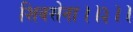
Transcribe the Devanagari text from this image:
शिवसेना।।३।।